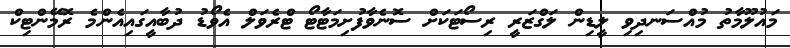
މައުލޫމާތު މުއްސަނދިވި ލީޑިން ލަގްޒަރީ ރިސޯޓަކަށް ސޮނެވާފުށިމަޓާޓޯ ޓްރެވަލް އެވޯޑު ދުބާއީގައިއެންމެ ރޮމޭންޓިކް